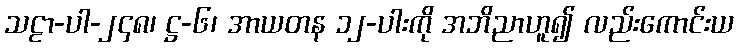
သဠာ-ပါ-၂၄၈၊ ဋ္ဌ-၆၊ အာယတန ၁၂-ပါးကို အဘိညာဟူ၍ လည်းကောင်းယ